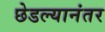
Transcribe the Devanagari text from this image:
छेडल्यानंतर